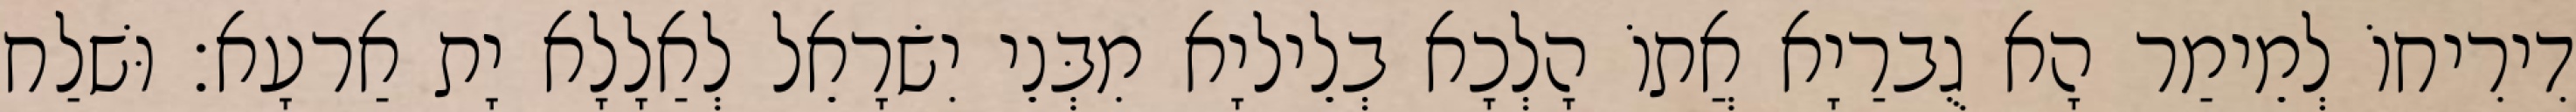
דִירִיחוֹ לְמֵימַר הָא גֻברַיָא אֲתוֹ הָלְכָא בְלֵיליָא מִבְּנֵי יִשׂרָאֵל לְאַלָלָא יָת אַרעָא׃ וּשׁלַח